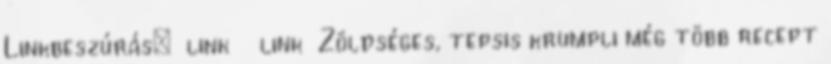
Linkbeszúrás:link link Zöldséges, tepsis krumpli még több recept